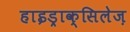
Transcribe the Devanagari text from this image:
हाइड्राक्सिलेज़